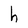
Character: h